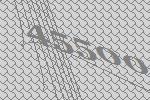
45500